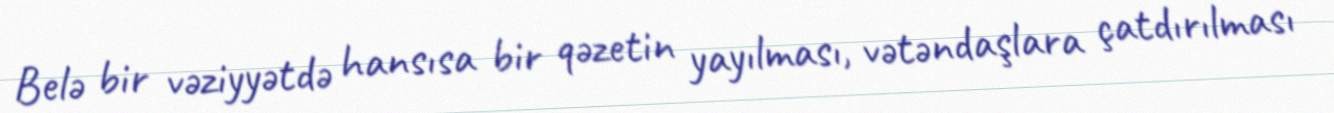
Belə bir vəziyyətdə hansısa bir qəzetin yayılması, vətəndaşlara çatdırılması